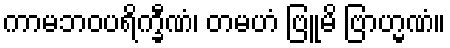
ကာမဘဝပရိက္ခီဏံ၊ တမဟံ ဗြူမိ ဗြာဟ္မဏံ။